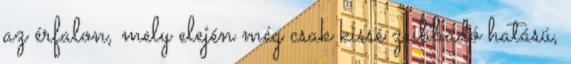
az érfalon, mely elején még csak kissé zsibbadó hatású,